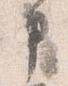
申